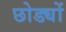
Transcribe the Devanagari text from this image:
छोड्यों